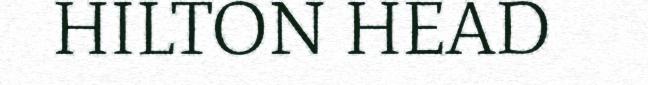
HILTON HEAD